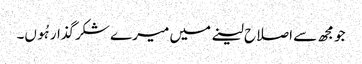
جو مجھ سے اصلاح لینے میں میرے شکرگذار ہُوں۔